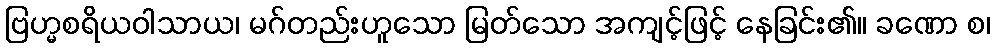
ဗြဟ္မစရိယဝါသာယ၊ မဂ်တည်းဟူသော မြတ်သော အကျင့်ဖြင့် နေခြင်း၏။ ခဏော စ၊